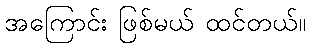
အကြောင်း ဖြစ်မယ် ထင်တယ်။